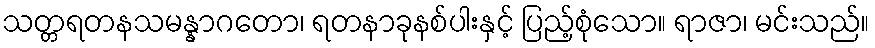
သတ္တရတနသမန္နာဂတော၊ ရတနာခုနစ်ပါးနှင့် ပြည့်စုံသော။ ရာဇာ၊ မင်းသည်။